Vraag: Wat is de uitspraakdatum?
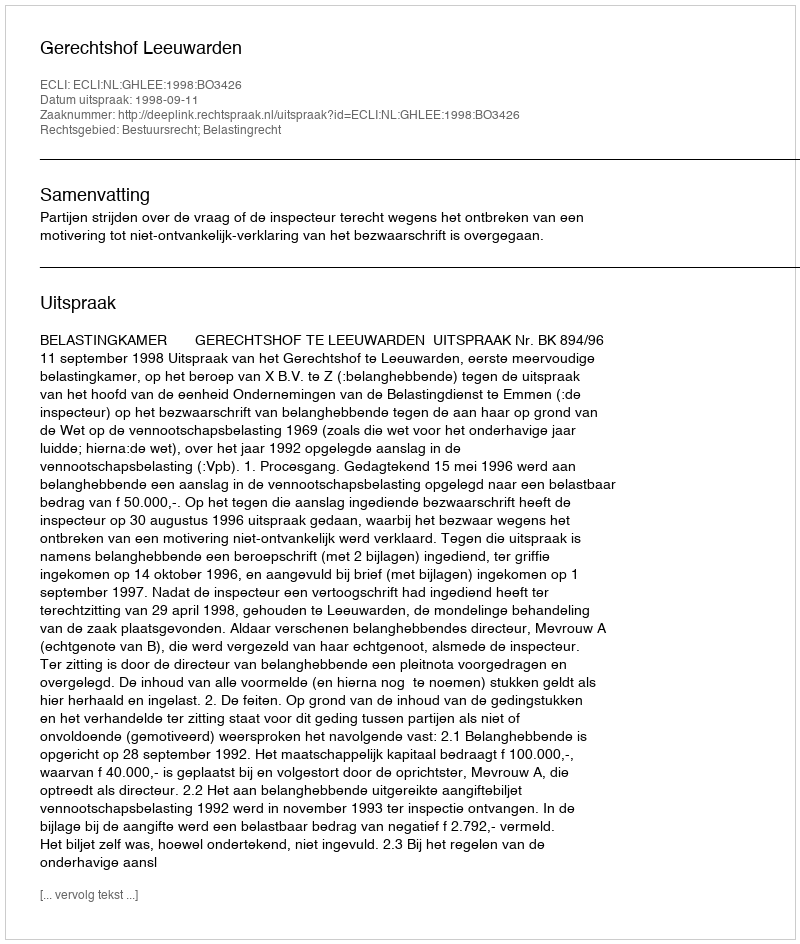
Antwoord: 1998-09-11